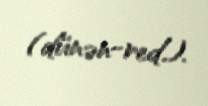
(dünən-red.).